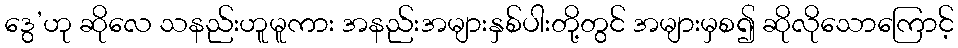
ဒွေ’ဟု ဆိုလေ သနည်းဟူမူကား အနည်းအများနှစ်ပါးတို့တွင် အများမှစ၍ ဆိုလိုသောကြောင့်